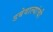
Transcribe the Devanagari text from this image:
डबेवाल्यांची